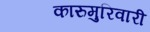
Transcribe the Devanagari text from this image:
कारुमुरिवारी